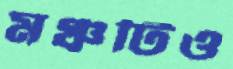
মঞ্চটিও